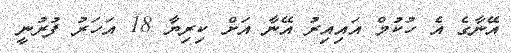
އޭނާގެ އެ ހުކުމް އައިއިރު އޭނާ އަށް ކިރިޔާ 18 އަހަރު ފުރުނީ